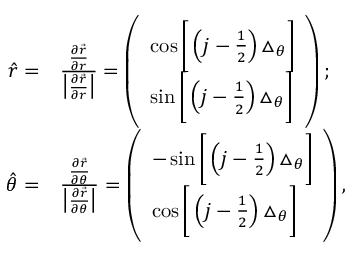
\begin{array} { r l } { \hat { r } = } & { { } \frac { \frac { \partial \vec { r } } { \partial r } } { \big | \frac { \partial \vec { r } } { \partial r } \big | } = \left( \begin{array} { l } { \cos \bigg [ \left( j - \frac { 1 } { 2 } \right) \triangle _ { \theta } \bigg ] } \\ { \sin \bigg [ \left( j - \frac { 1 } { 2 } \right) \triangle _ { \theta } \bigg ] } \end{array} \right) ; } \\ { \hat { \theta } = } & { { } \frac { \frac { \partial \vec { r } } { \partial \theta } } { \big | \frac { \partial \vec { r } } { \partial \theta } \big | } = \left( \begin{array} { l } { - \sin \bigg [ \left( j - \frac { 1 } { 2 } \right) \triangle _ { \theta } \bigg ] } \\ { \cos \bigg [ \left( j - \frac { 1 } { 2 } \right) \triangle _ { \theta } \bigg ] } \end{array} \right) , } \end{array}